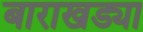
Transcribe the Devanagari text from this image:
बाराखड्या